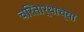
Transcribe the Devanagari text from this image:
चरितार्थाच्या